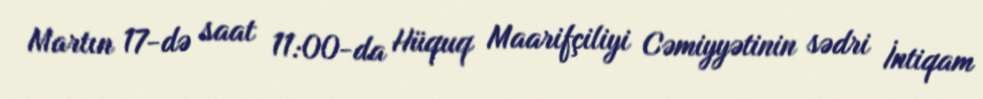
Martın 17-də saat 11:00-da Hüquq Maarifçiliyi Cəmiyyətinin sədri İntiqam